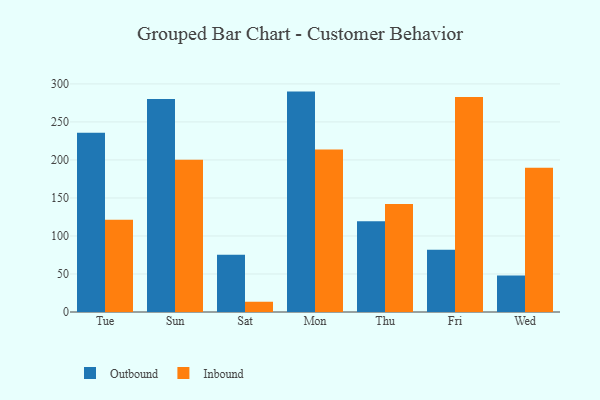
{"axis": {"x": "Day", "y": "Population (Million)"}, "legend": ["Inbound", "Outbound"], "data": [{"x": "Tue", "y": 235.8, "type": "Outbound"}, {"x": "Tue", "y": 121.5, "type": "Inbound"}, {"x": "Sun", "y": 280.1, "type": "Outbound"}, {"x": "Sun", "y": 200.1, "type": "Inbound"}, {"x": "Sat", "y": 75.2, "type": "Outbound"}, {"x": "Sat", "y": 13.5, "type": "Inbound"}, {"x": "Mon", "y": 289.9, "type": "Outbound"}, {"x": "Mon", "y": 213.9, "type": "Inbound"}, {"x": "Thu", "y": 119.3, "type": "Outbound"}, {"x": "Thu", "y": 142.2, "type": "Inbound"}, {"x": "Fri", "y": 81.9, "type": "Outbound"}, {"x": "Fri", "y": 282.9, "type": "Inbound"}, {"x": "Wed", "y": 47.9, "type": "Outbound"}, {"x": "Wed", "y": 189.8, "type": "Inbound"}]}